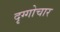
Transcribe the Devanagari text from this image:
दृग्गोचार